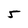
Character: 5